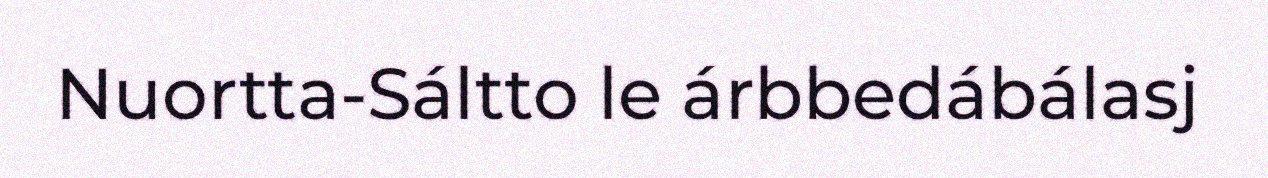
Nuortta-Sáltto le árbbedábálasj